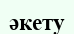
әкету